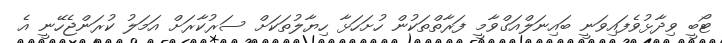
ޓޯބީ ވިދާޅުވެފައިވަނީ ބައިނަލްއަގްވާމީ ފަރާތްތަކުން ހުށަހަޅާ ހިޔާލުތަކަށް ސަރުކާރަށް އަމަލު ކުރަންޖެހޭނީ އެ